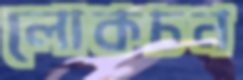
লোকচন